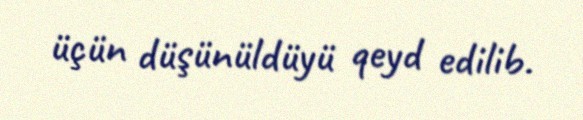
üçün düşünüldüyü qeyd edilib.